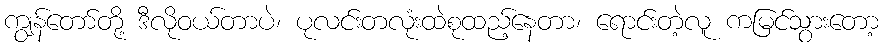
ကျွန်တော်တို့ ဒီလိုဝယ်တာပဲ၊ ပုလင်းတလုံးထဲစုထည့်နေတာ၊ ရောင်းတဲ့လူ ကမြင်သွားတော့